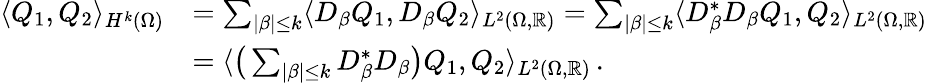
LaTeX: \begin{array}{rl}{\langle Q_{1},Q_{2}\rangle_{H^{k}(\Omega)}}&{=\sum_{|\beta|\leq k}\langle D_{\beta}Q_{1},D_{\beta}Q_{2}\rangle_{L^{2}(\Omega,\mathbb{R})}=\sum_{|\beta|\leq k}\langle D_{\beta}^{*}D_{\beta}Q_{1},Q_{2}\rangle_{L^{2}(\Omega,\mathbb{R})}}\\ &{=\langle\big(\sum_{|\beta|\leq k}D_{\beta}^{*}D_{\beta}\big)Q_{1},Q_{2}\rangle_{L^{2}(\Omega,\mathbb{R})}\, .}\end{array}